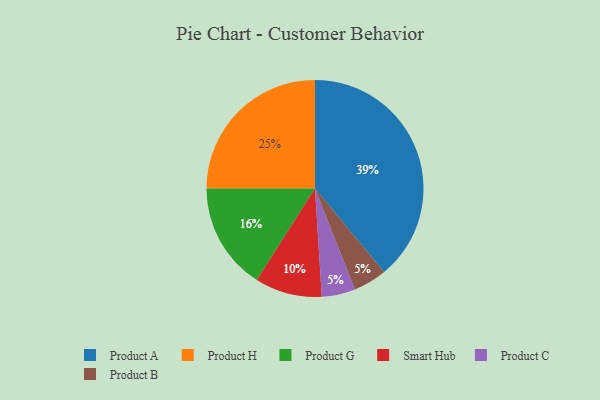
{"axis": {"x": "Category", "y": "Percentage"}, "legend": ["Product A", "Product B", "Product C", "Product G", "Product H", "Smart Hub"], "data": [{"x": "Product G", "y": 16, "type": "Product G"}, {"x": "Smart Hub", "y": 10, "type": "Smart Hub"}, {"x": "Product A", "y": 39, "type": "Product A"}, {"x": "Product H", "y": 25, "type": "Product H"}, {"x": "Product C", "y": 5, "type": "Product C"}, {"x": "Product B", "y": 5, "type": "Product B"}]}